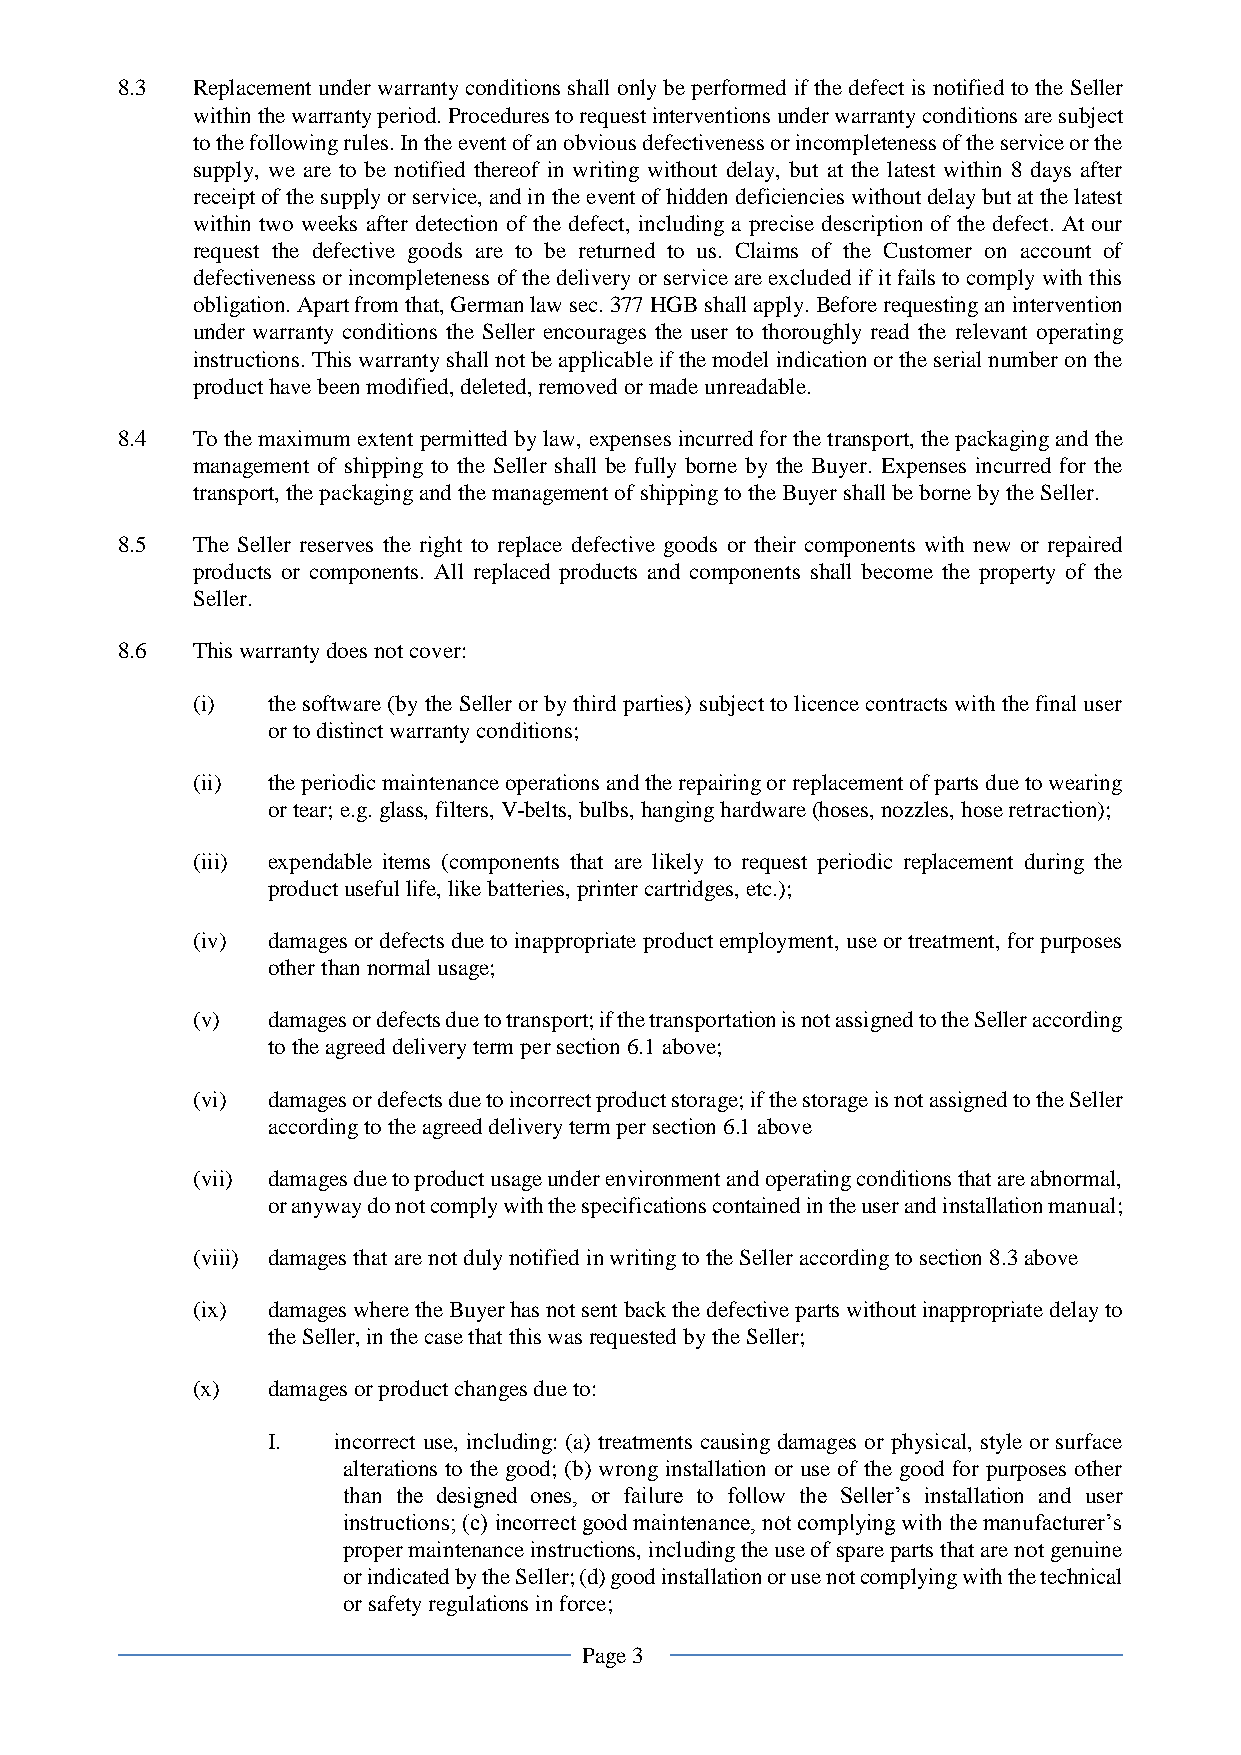
8.3  Replacement under warranty conditions shall only be performed if the defect is notified to the Seller
 within the warranty period. Procedures to request interventions under warranty conditions are subject
 to the following rules. In the event of an obvious defectiveness or incompleteness of the service or the
 supply, we are to be notified thereof in writing without delay, but at the latest within 8 days after
 receipt of the supply or service, and in the event of hidden deficiencies without delay but at the latest
 within two weeks after detection of the defect, including a precise description of the defect. At our
 request the defective goods are to be returned to us. Claims of the Customer on account of
 defectiveness or incompleteness of the delivery or service are excluded if it fails to comply with this
 obligation. Apart from that, German law sec. 377 HGB shall apply. Before requesting an intervention
 under warranty conditions the Seller encourages the user to thoroughly read the relevant operating
 instructions. This warranty shall not be applicable if the model indication or the serial number on the
 product have been modified, deleted, removed or made unreadable.
 8.4  To the maximum extent permitted by law, expenses incurred for the transport, the packaging and the
 management of shipping to the Seller shall be fully borne by the Buyer. Expenses incurred for the
 transport, the packaging and the management of shipping to the Buyer shall be borne by the Seller.
 8.5  The Seller reserves the right to replace defective goods or their components with new or repaired
 products or components. All replaced products and components shall become the property of the
 Seller.
 8.6  This warranty does not cover:
 (i)  the software (by the Seller or by third parties) subject to licence contracts with the final user
 or to distinct warranty conditions;
 (ii) the periodic maintenance operations and the repairing or replacement of parts due to wearing
 or tear; e.g. glass, filters, V-belts, bulbs, hanging hardware (hoses, nozzles, hose retraction);
 (iii) expendable items (components that are likely to request periodic replacement during the
 product useful life, like batteries, printer cartridges, etc.);
 (iv) damages or defects due to inappropriate product employment, use or treatment, for purposes
 other than normal usage;
 (v)  damages or defects due to transport; if the transportation is not assigned to the Seller according
 to the agreed delivery term per section 6.1 above;
 (vi) damages or defects due to incorrect product storage; if the storage is not assigned to the Seller
 according to the agreed delivery term per section 6.1 above
 (vii) damages due to product usage under environment and operating conditions that are abnormal,
 or anyway do not comply with the specifications contained in the user and installation manual;
 (viii) damages that are not duly notified in writing to the Seller according to section 8.3 above
 (ix) damages where the Buyer has not sent back the defective parts without inappropriate delay to
 the Seller, in the case that this was requested by the Seller;
 (x)  damages or product changes due to:
 I.  incorrect use, including: (a) treatments causing damages or physical, style or surface
 alterations to the good; (b) wrong installation or use of the good for purposes other
 than the designed ones, or failure to follow the Seller’s installation and user
 instructions; (c) incorrect good maintenance, not complying with the manufacturer’s
 proper maintenance instructions, including the use of spare parts that are not genuine
 or indicated by the Seller; (d) good installation or use not complying with the technical
 or safety regulations in force;
 Page 3